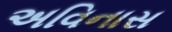
અવિનાસ